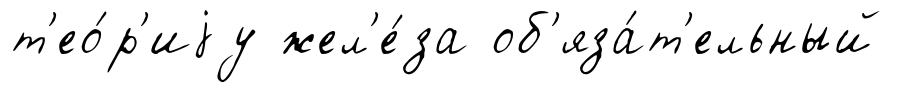
т'ео́р'иjу жел'е́за об'яза́т'ельный